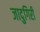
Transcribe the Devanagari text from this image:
जादुगिरी